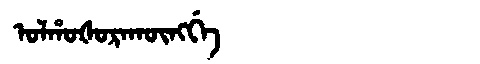
Manchu: ᠣᠯᡥᠣᡧᠣᡵᠠᡴᡡᠩᡤᡝ
Romanization: OLHOŠORAKŪNGGE